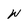
Character: W